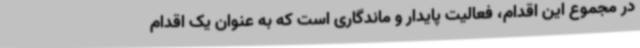
در مجموع این اقدام، فعالیت پایدار و ماندگاری است که به عنوان یک اقدام